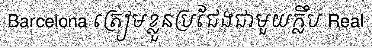
Barcelona ត្រៀមខ្លួនប្រជែងជាមួយក្លឹប Real